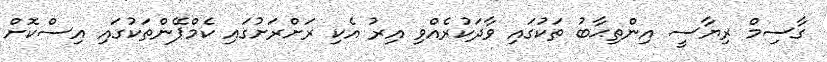
ގާސިމް ރިޔާސީ އިންތިޙާބު ތަކުގައި ވާދަކުރެއްވި އިރު އެކި ރަށްރަށުގައި ކެމްޕޭންތަކުގައި އިސްކޮށް